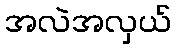
အလဲအလှယ်